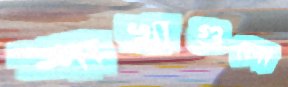
শাখাগুলো